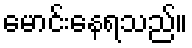
မောင်းနေရသည်။